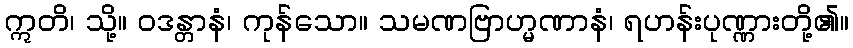
ဣတိ၊ သို့။ ဝဒန္တာနံ၊ ကုန်သော။ သမဏဗြာဟ္မဏာနံ၊ ရဟန်းပုဏ္ဏားတို့၏။